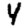
Digit: 4